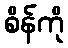
စိန်ကို